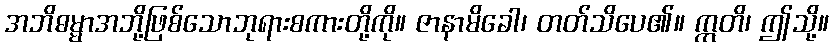
အဘိဓမ္မာအဘို့ဖြစ်သောဘုရားစကားတို့ကို။ ဇာနာမိခေါ၊ တတ်သိပေ၏။ ဣတိ၊ ဤသို့။